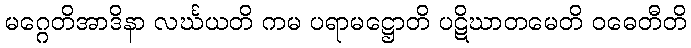
မဂ္ဂေတိအာဒိနာ လင်္ဃယတိ ကမ ပရာမဋ္ဌောတိ ပဋိဃာတမေတိ ဝဓေတီတိ